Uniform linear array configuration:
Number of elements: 64
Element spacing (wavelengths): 0.25
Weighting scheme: uniform
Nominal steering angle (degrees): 60
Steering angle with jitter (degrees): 59.901
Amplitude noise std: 0.05
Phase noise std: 0.05

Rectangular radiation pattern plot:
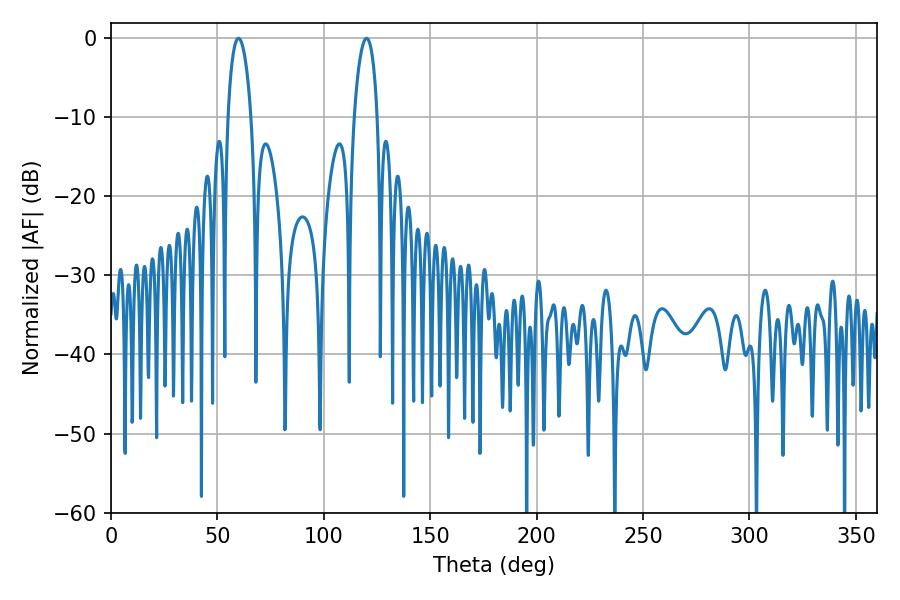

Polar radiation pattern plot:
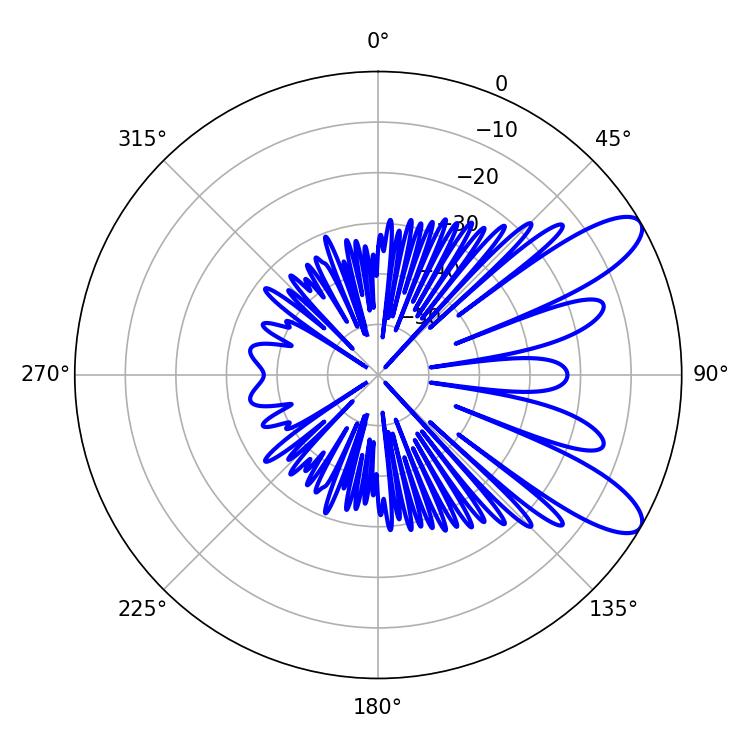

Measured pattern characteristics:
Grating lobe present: FALSE
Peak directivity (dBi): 9.726
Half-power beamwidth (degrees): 6.12
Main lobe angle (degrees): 59.94